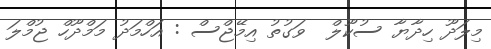
މިލަދޫ ހިދާޔާ ސުކޫލް  ވަގުތު އިމޭޖްސް : އަހްމަދު މަމްދޫހް ޖުމްލަ